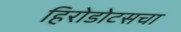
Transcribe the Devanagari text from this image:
हिरोडोटसचा